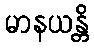
မာနယန္တိ